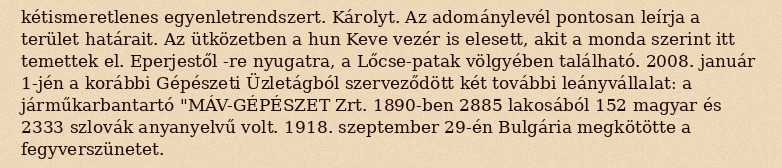
kétismeretlenes egyenletrendszert. Károlyt. Az adománylevél pontosan leírja a terület határait. Az ütközetben a hun Keve vezér is elesett, akit a monda szerint itt temettek el. Eperjestől -re nyugatra, a Lőcse-patak völgyében található. 2008. január 1-jén a korábbi Gépészeti Üzletágból szerveződött két további leányvállalat: a járműkarbantartó "MÁV-GÉPÉSZET Zrt. 1890-ben 2885 lakosából 152 magyar és 2333 szlovák anyanyelvű volt. 1918. szeptember 29-én Bulgária megkötötte a fegyverszünetet.